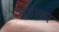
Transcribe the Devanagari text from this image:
ठंड़ाकर